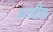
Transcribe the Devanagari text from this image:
अन्द्रीस